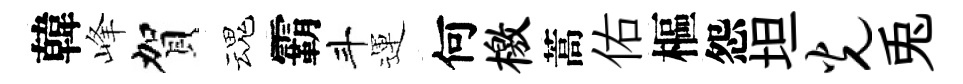
韓峰賀魂霸斗運何檄蒿佑樞怨坦光兎